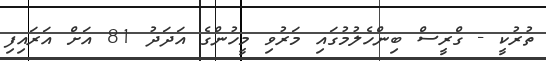
ތުރުކީ - ގްރީސް ބިންހެލުމުގައި މަރުވި މީހުންގެ އަދަދު 81 އަށް އަރައިފި